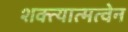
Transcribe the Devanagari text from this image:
शक्त्यात्मत्वेन